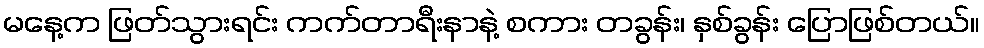
မနေ့က ဖြတ်သွားရင်း ကက်တာရီးနာနဲ့ စကား တခွန်း၊ နှစ်ခွန်း ပြောဖြစ်တယ်။